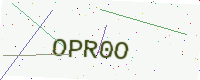
Text: OPR0O